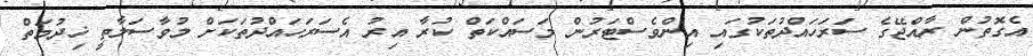
އެގޮތުން ރާއްޖޭގެ ސަރަހައްދުތަކުގައި އިންވެސްޓަރުން މަސައްކަތް ކުރާ އިރު އެސަރަހައްދުތަކަށް މުވާސަލާތީ ޚިދުމަތް